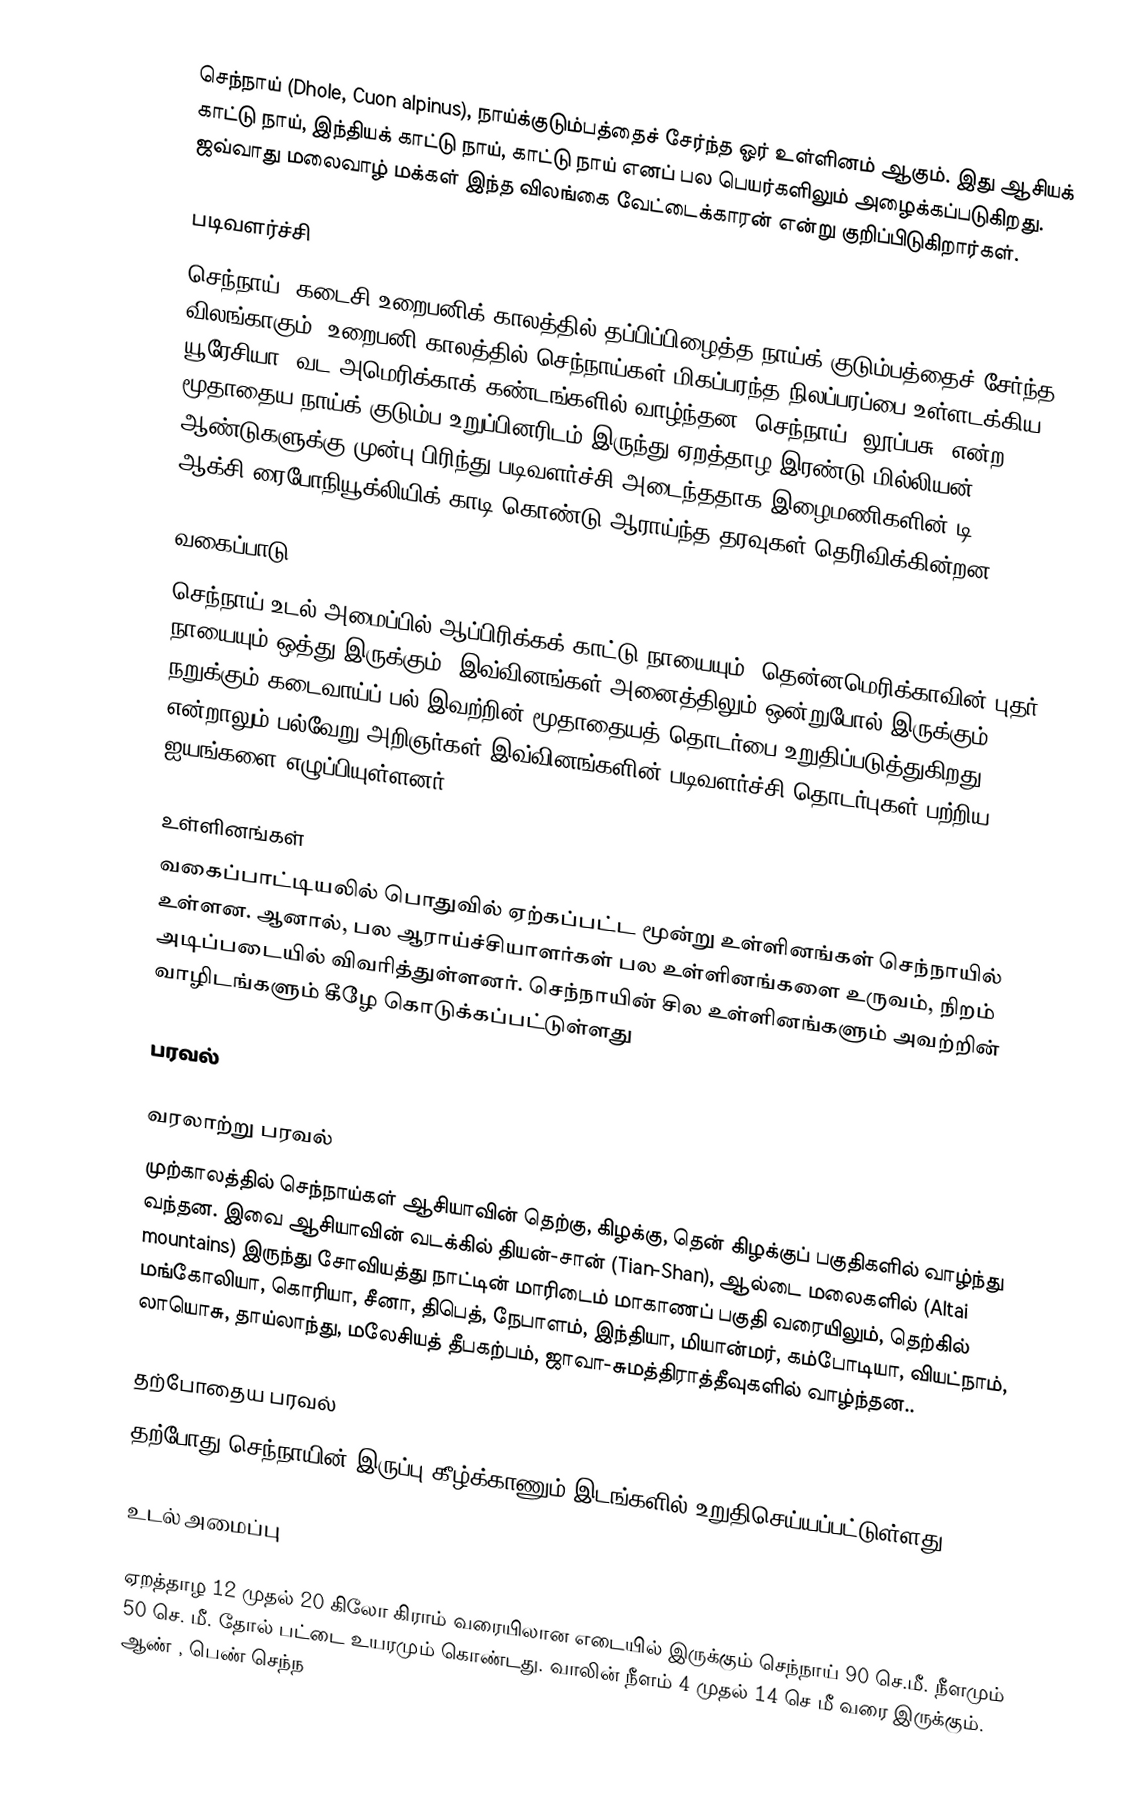
செந்நாய் (Dhole, Cuon alpinus), நாய்க்குடும்பத்தைச் சேர்ந்த ஓர் உள்ளினம் ஆகும். இது ஆசியக் காட்டு நாய், இந்தியக் காட்டு நாய், காட்டு நாய் எனப் பல பெயர்களிலும் அழைக்கப்படுகிறது. ஜவ்வாது மலைவாழ் மக்கள் இந்த விலங்கை வேட்டைக்காரன் என்று குறிப்பிடுகிறார்கள்.

படிவளர்ச்சி
செந்நாய், கடைசி உறைபனிக் காலத்தில் தப்பிப்பிழைத்த நாய்க் குடும்பத்தைச் சேர்ந்த விலங்காகும். உறைபனி காலத்தில் செந்நாய்கள் மிகப்பரந்த நிலப்பரப்பை உள்ளடக்கிய யூரேசியா, வட அமெரிக்காக் கண்டங்களில் வாழ்ந்தன. செந்நாய் 'லூப்பசு' என்ற மூதாதைய நாய்க் குடும்ப உறுப்பினரிடம் இருந்து ஏறத்தாழ இரண்டு மில்லியன் ஆண்டுகளுக்கு முன்பு பிரிந்து படிவளர்ச்சி அடைந்ததாக இழைமணிகளின் டி ஆக்சி-ரைபோநியூக்லியிக் காடி கொண்டு ஆராய்ந்த தரவுகள் தெரிவிக்கின்றன.

வகைப்பாடு
செந்நாய் உடல் அமைப்பில் ஆப்பிரிக்கக் காட்டு நாயையும், தென்னமெரிக்காவின் புதர் நாயையும் ஒத்து இருக்கும். இவ்வினங்கள் அனைத்திலும் ஒன்றுபோல் இருக்கும் நறுக்கும் கடைவாய்ப் பல் இவற்றின் மூதாதையத் தொடர்பை உறுதிப்படுத்துகிறது. என்றாலும் பல்வேறு அறிஞர்கள் இவ்வினங்களின் படிவளர்ச்சி தொடர்புகள் பற்றிய ஐயங்களை எழுப்பியுள்ளனர்

உள்ளினங்கள்
வகைப்பாட்டியலில் பொதுவில் ஏற்கப்பட்ட மூன்று உள்ளினங்கள் செந்நாயில் உள்ளன. ஆனால், பல ஆராய்ச்சியாளர்கள் பல உள்ளினங்களை உருவம், நிறம் அடிப்படையில் விவரித்துள்ளனர். செந்நாயின் சில உள்ளினங்களும் அவற்றின் வாழிடங்களும் கீழே கொடுக்கப்பட்டுள்ளது

பரவல்

வரலாற்று பரவல்
முற்காலத்தில் செந்நாய்கள் ஆசியாவின் தெற்கு, கிழக்கு, தென் கிழக்குப் பகுதிகளில் வாழ்ந்து வந்தன. இவை ஆசியாவின் வடக்கில் தியன்-சான் (Tian-Shan), ஆல்டை மலைகளில் (Altai mountains) இருந்து சோவியத்து நாட்டின் மாரிடைம் மாகாணப் பகுதி வரையிலும், தெற்கில் மங்கோலியா, கொரியா, சீனா, திபெத், நேபாளம், இந்தியா, மியான்மர், கம்போடியா, வியட்நாம், லாயொசு, தாய்லாந்து, மலேசியத் தீபகற்பம், ஜாவா-சுமத்திராத்தீவுகளில் வாழ்ந்தன..

தற்போதைய பரவல்
தற்போது செந்நாயின் இருப்பு கீழ்க்காணும் இடங்களில் உறுதிசெய்யப்பட்டுள்ளது.

உடல் அமைப்பு

ஏறத்தாழ 12 முதல் 20 கிலோ கிராம் வரையிலான எடையில் இருக்கும் செந்நாய் 90 செ.மீ. நீளமும் 50 செ. மீ. தோல் பட்டை உயரமும் கொண்டது. வாலின் நீளம் 4 முதல் 14 செ மீ வரை இருக்கும். ஆண் , பெண் செந்ந